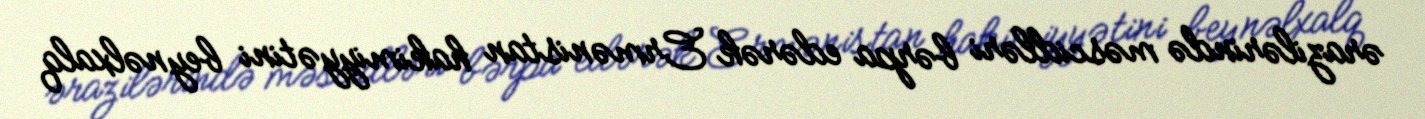
ərazilərində məscidləri bərpa edərək Ermənistan hakimiyyətini beynəlxalq